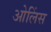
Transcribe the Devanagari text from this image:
ओलिंस